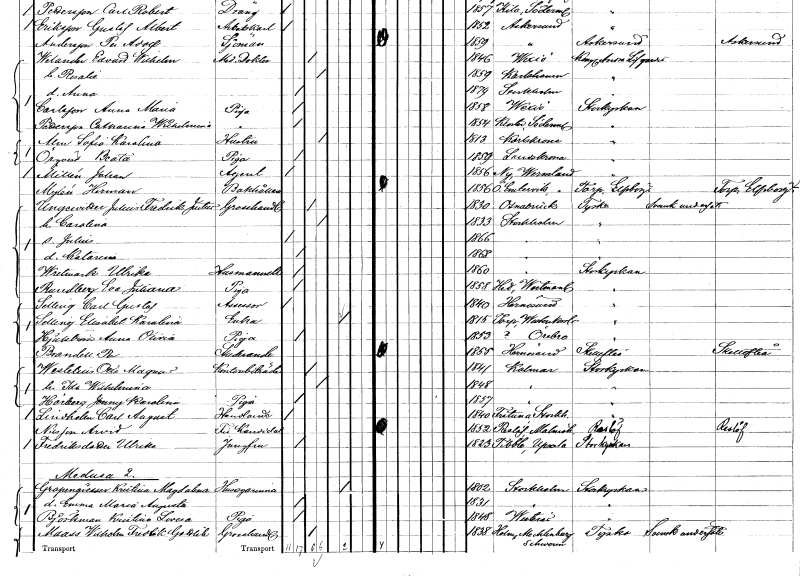
gt_parse: households: individuals: FN: Sofia Karolina
EN: Alm
YRKE: Hustru
KON: K
CIV: G
FODAR: 1813
FODFORS: Karlskrona Blekinge län
FN: Beata
EN: Örqvist
YRKE: Piga
KON: K
CIV: O
FODAR: 1859
FODFORS: Landskrona Malmöhus län
FN: Johan
EN: Millén
YRKE: Agent
KON: M
CIV: O
FODAR: 1856
FODFORS: Ny Värmlands län
FN: Herman
EN: Mylen
YRKE: Bokhållare
KON: M
CIV: O
FODAR: 1856
FODFORS: Östra Ämtervik Värmlands län
FN: Julius Fredrik Justus
EN: Ungervitter
YRKE: Grosshandlare
KON: M
CIV: G
FODAR: 1830
FN: Carolina
KON: K
CIV: G
FODAR: 1833
FODFORS: Stockholm
FN: Julius
KON: M
CIV: O
FODAR: 1866
FODFORS: Stockholm
FN: Katarina
KON: K
CIV: O
FODAR: 1868
FODFORS: Stockholm
FN: Ulrika
EN: Wretmark
YRKE: Husmamsell
KON: K
CIV: O
FODAR: 1860
FODFORS: Stockholm
FN: Eva Juliana
EN: Rundberg
YRKE: Piga
KON: K
CIV: O
FODAR: 1858
FODFORS: Hed Västmanlands län
FN: Carl Gustaf
EN: Selling
YRKE: Assessor
KON: M
CIV: O
FODAR: 1840
FODFORS: Härnösand Västernorrlands län
FN: Elisabet Karolina
EN: Selling
YRKE: Änka
KON: K
CIV: E
FODAR: 1815
FODFORS: Torp Västernorrlands län
FN: Anna Olivia
EN: Hjulström
YRKE: Piga
KON: K
CIV: O
FODAR: 1853
FN: Per
EN: Brandell
YRKE: Studerande
KON: M
CIV: O
FODAR: 1855
FODFORS: Härnösand Västernorrlands län
FN: Otto Magnus
EN: Westelius
YRKE: Kontorsbiträde
KON: M
CIV: G
FODAR: 1841
FODFORS: Kalmar Kalmar län
FN: Ida Wilhelmina
KON: K
CIV: G
FODAR: 1848
FODFORS: Kalmar Kalmar län
FN: Jenny Karolina
EN: Hörberg
YRKE: Piga
KON: K
CIV: O
FODAR: 1857
FODFORS: Kalmar Kalmar län
FN: Carl August
EN: Lindholm
YRKE: Handlande
KON: M
CIV: O
FODAR: 1840
FODFORS: Frötuna Stockholms län
FN: Arvid
EN: Nilsson
YRKE: Fil. kand.
KON: M
CIV: O
FODAR: 1852
FODFORS: Reslöv Malmöhus län
FN: Ulrika
EN: Fredriksdotter
YRKE: Jungfru
KON: K
CIV: O
FODAR: 1823
FODFORS: Tibble Uppsala län
FN: Kristina Magdalena
EN: Grapengiesser
YRKE: Husägarinna
KON: K
CIV: E
FODAR: 1802
FODFORS: Stockholm
FN: Emma Maria Augusta
KON: K
CIV: O
FODAR: 1831
FODFORS: Stockholm
FN: Kristina Lovisa
EN: Björkman
YRKE: Piga
KON: K
CIV: O
FODAR: 1848
FODFORS: Västerås Västmanlands län
FN: Wilhelm Fredrik Gottlib
EN: Maass
YRKE: Grosshandlare
KON: M
CIV: G
FODAR: 1838